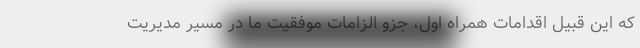
که این قبیل اقدامات همراه اول، جزو الزامات موفقیت ما در مسیر مدیریت